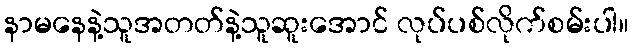
နာမနေနဲ့သူအတတ်နဲ့သူဆူးအောင် လုပ်ပစ်လိုက်စမ်းပါ။